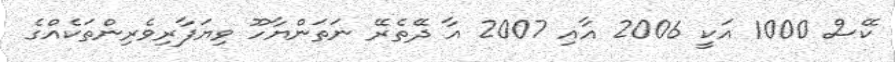
ކޭސް 1000 އަކީ 2006 އާއި 2007 އާ ދޭތެރޭ ނަތަންޔާހޫ ވިޔަފާރިވެރިންތަކެއްގެ